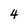
Character: 4